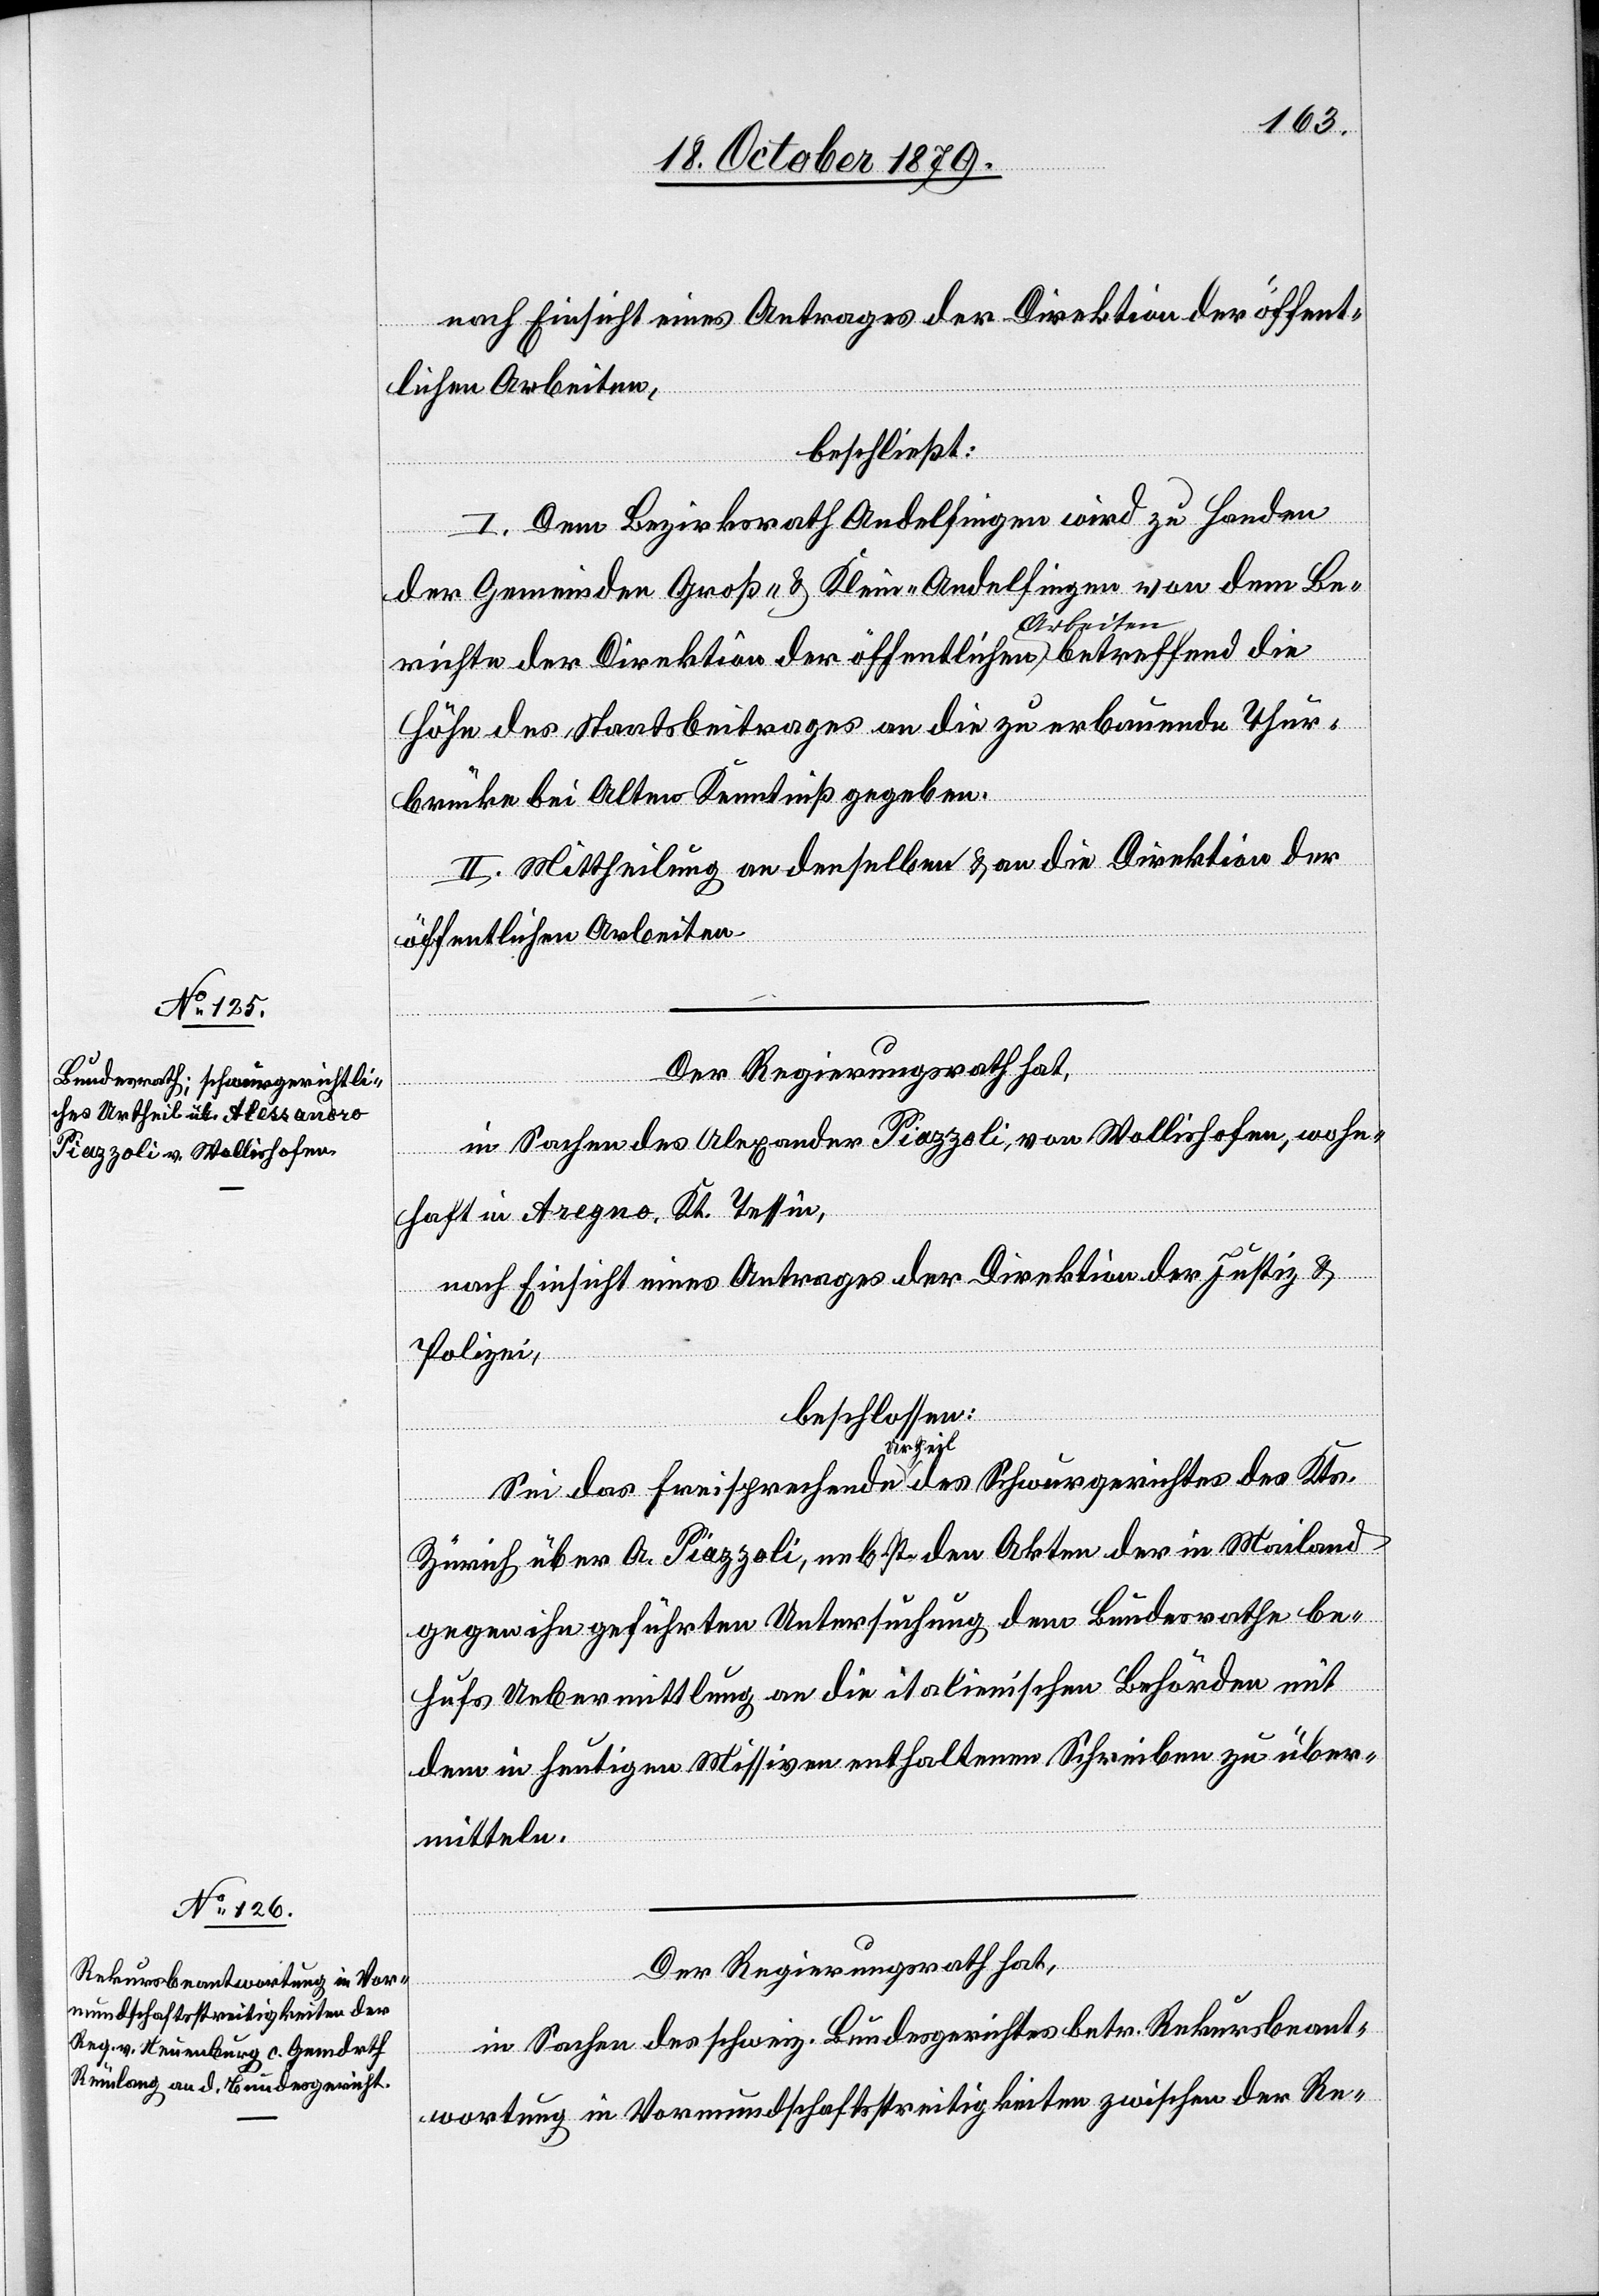
nach Einsicht eines Antrages die Direktion der öffent¬
lichen Arbeiten,
beschließt:
I. Dem Bezirksrath Andelfingen wird zu Handen
der Gemeinden Groß- & Klein-Andelfingen von dem Be¬
des
richte der Direktion der öffentlichen Arbeiten betreffend die
Höhe des Staatsbeitrages an die zu erbauende Thur¬
brücke bei Olten Kenntniß gegeben.
II. Mittheilung an denselben & an die Direktion der
öffentlichen Arbeiten.
Der Regierungsrath hat,
in Sachen des Alexander Piazzoli von Wollishofen, wohn¬
Kts.
haft in Aregno, Kt. Tessin,
nach Einsicht eine Antrages der Direktion der Justiz &
Polizei,
beschlossen:
Urtheil
Zürich über A. Piazzoli, nebst den Akten der in Mailand
gegen ihn geführten Untersuchung dem Bundesrathe be¬
hufs Uebermittlung an die italienischen Behörden mit
dem in heutigen Missiven enthaltenen Schreiben zu über¬
mitteln.
Der Regierungsrath hat,
in Sachen des schweiz. Bundesgerichtes betr. Rekursbeant¬
wortung in Vormundschaftsstreitigkeiten zwischen der Re-